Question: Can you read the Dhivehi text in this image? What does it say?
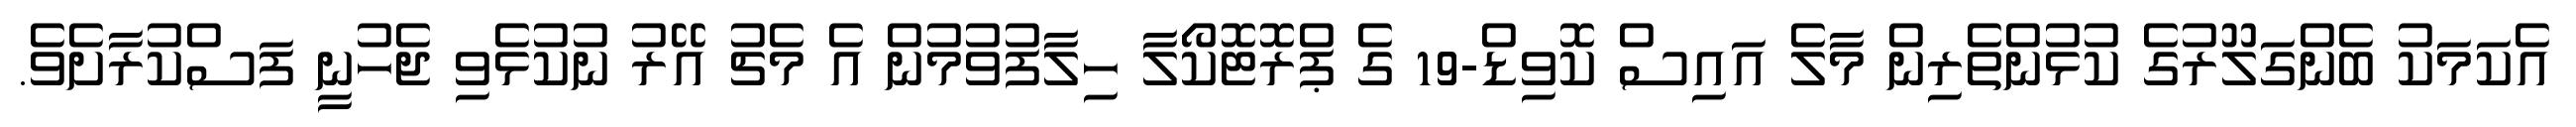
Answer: އެކަމަކު ބެންގަލޫރުގެ ކުޅުންތެރިން މާލެ އައިސް ކޮވިޑް-19 ގެ ޕްރޮޓޮކޯލާ ހިލާފުވުމުން އެ މެޗު އޭރު ނުކުޅެވި ޖެހުނީ ފަސްކުރާށެވެ.